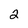
Character: 2